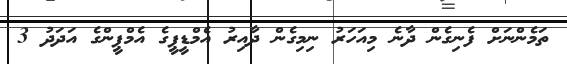
ތަމެންނަށް ފެނިގެން ދާނެ މިއަހަރު ނިމިގެން ދާއިރު އެމްޑީޕީގެ އެމްޕީންގެ އަދަދު 3